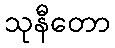
သုနီတော